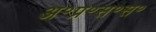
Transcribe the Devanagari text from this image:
अ॰प्र॰स॰स॰